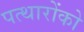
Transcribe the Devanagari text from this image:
पत्थारोंको